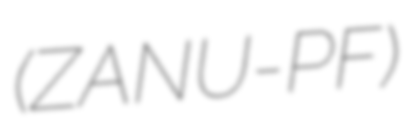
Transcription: (ZANU-PF)